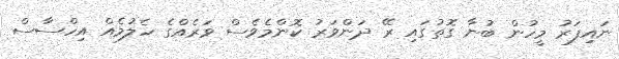
ނައިފަރު މީހުން ބުނާ ގޮތުގައި ރޭ ދަންވަރު ކޮންމެވެސް ވަރެއްގެ ހެލުމެއް އިހްސާސް